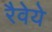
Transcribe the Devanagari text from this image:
रैवेये